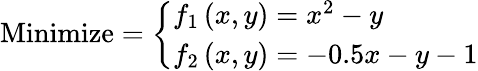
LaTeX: {\mathrm{Minimize}}={\left\{ \begin{array}{ll}{f_{1}\left(x,y\right)=x^{2}-y}\\ {f_{2}\left(x,y\right)=-0.5x-y-1}\end{array}\right.}